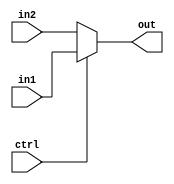
//single bit Multiplexer//

module multiplexer(out,ctrl,in1,in2);
input ctrl,in1,in2;
output out;
assign out = ctrl ? in1: in2;   //Conditional Expression? true expression : false expression. if true,true expression is evaluated else false expession//


endmodule